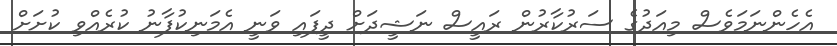
އެހެންނަމަވެސް މިއަދުގެ ސަރުކާރުން ރައީސް ނަޝީދަށް ދީފައި ވަނީ އެމަނިކުފާނު ކުރެއްވި ކުށަށް